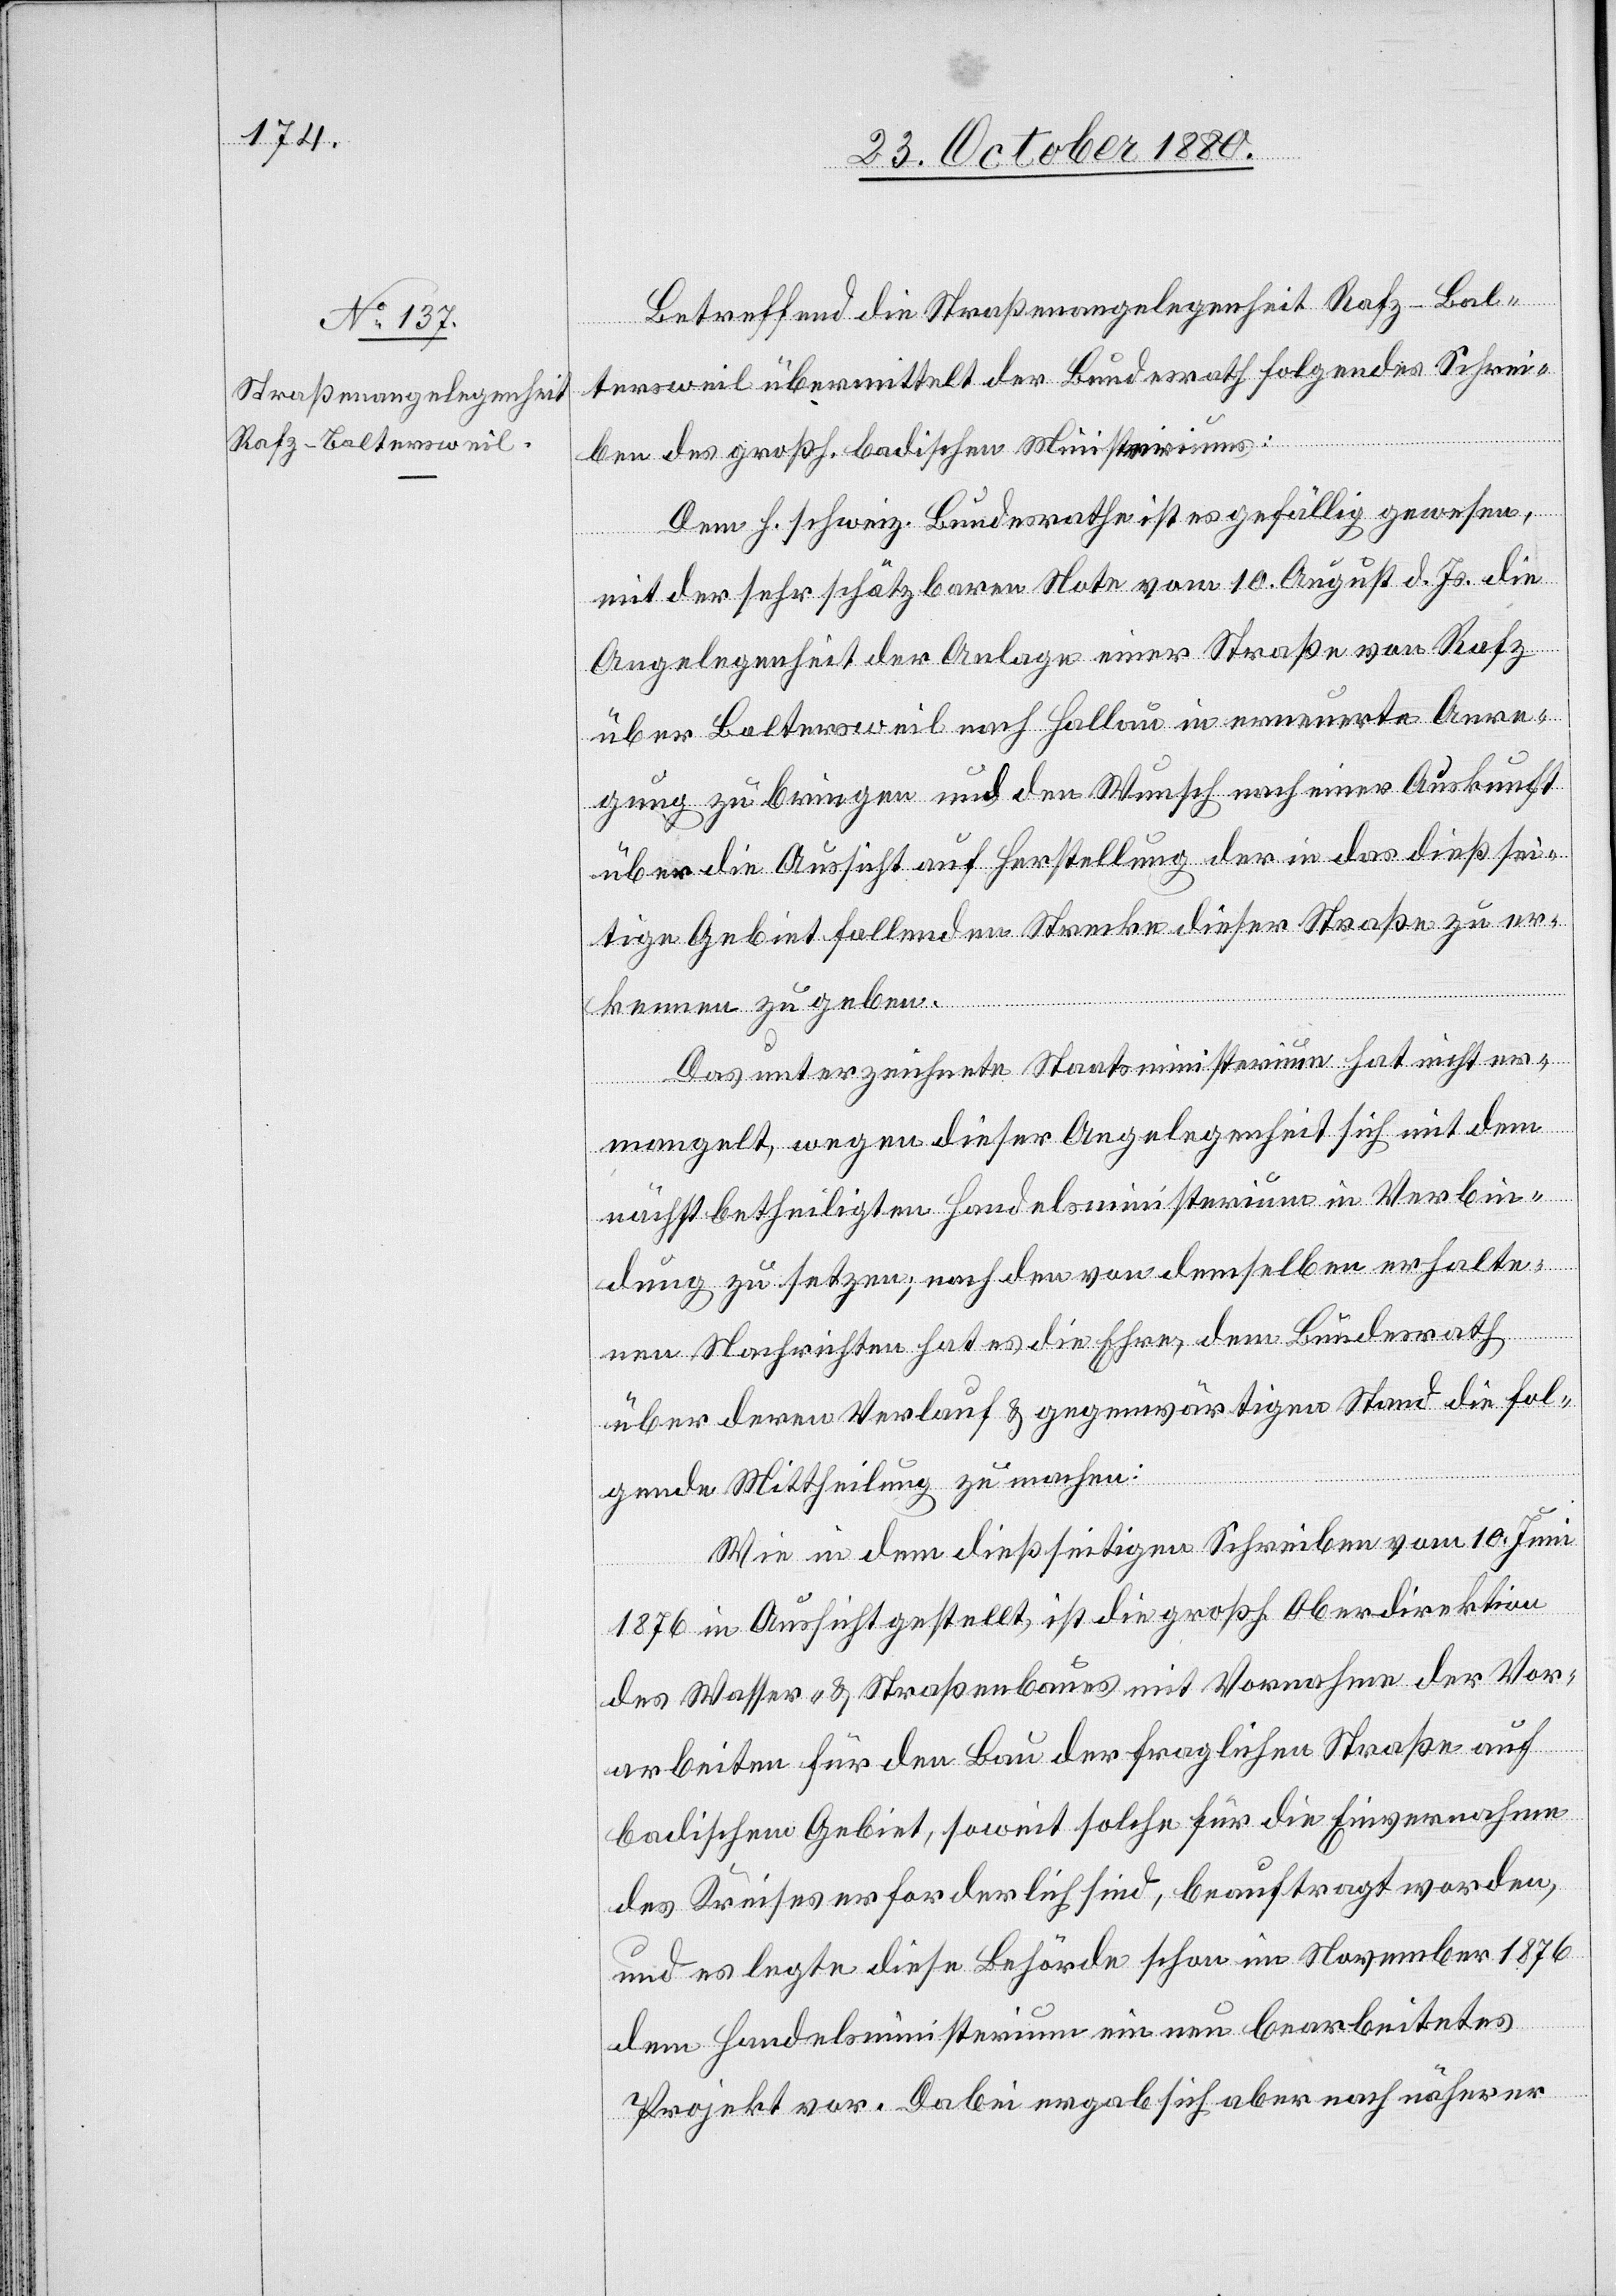
Betreffend die Straßenangelegenheit Rafz–Bal¬
tersweil übermittelt der Bundesrath folgendes Schrei¬
ben des großh. badischen Ministeriums:
Dem h. schweiz. Bundesrathe ist es gefällig gewesen,
mit der sehr schätzbaren Note vom 10. August d. Js. die
Angelegenheit der Anlage einer Straße von Rafz
über Baltersweil nach Hallau in erneuerte Anre¬
gung zu bringen und den Wunsch nach einer Auskunft
über die Aussicht auf Herstellung der in das dießsei¬
tige Gebiet fallenden Strecke dieser Straße zu er¬
kennen zu geben.
Das unterzeichnete Staatsministerium hat nicht er¬
mangelt, wegen dieser Angelegenheit sich mit dem
nächstbetheiligten Handelsministerium in Verbin¬
dung zu setzen; nach den von demselben erhalte¬
nen Nachrichten hat es die Ehre, dem Bundesrath
über deren Verlauf & gegenwärtigen Stand die fol¬
gende Mittheilung zu machen:
Wie in dem dießseitigen Schreiben vom 10. Juni
1876 in Aussicht gestellt, ist die großh. Oberdirektion
des Wasser- & Straßenbaues mit Vornahme der Vor¬
arbeiten für den Bau der fraglichen Straße auf
badischem Gebiet, soweit solche für die Einvernahme
des Kreises erforderlich sind, beauftragt worden,
und es legte diese Behörde schon im November 1876
dem Handelsministerium ein neu bearbeitetes
Projekt vor. Dabei ergab sich aber nach näherer